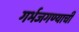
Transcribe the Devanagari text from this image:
गर्भजगण्याची